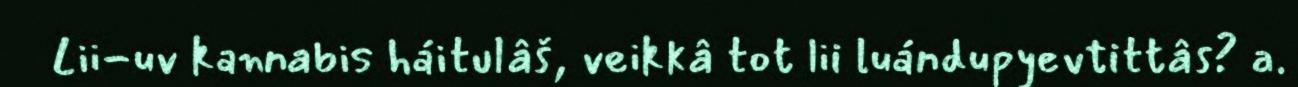
Lii-uv kannabis háitulâš, veikkâ tot lii luándupyevtittâs? a.